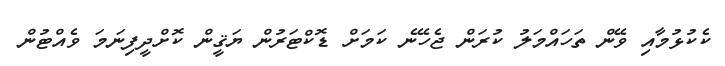
ކެކުޅުމާއި ވޭން ތަހައްމަލު ކުރަން ޖެހޭނެ ކަމަށް ޑޮކްޓަރުން ޔަޤީން ކޮށްދީފިނަމަ ވެއްޓުން